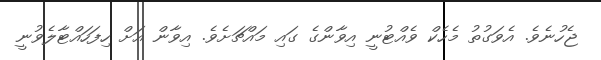
ޖެހުނެވެ. އެވަގުތު މެހެކް ވެއްޓުނީ އިވާންގެ ގައި މައްޗަށެވެ. އިވާން އަށް ހިފަހައްޓާލެވުނީ